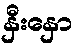
နှီးနှော